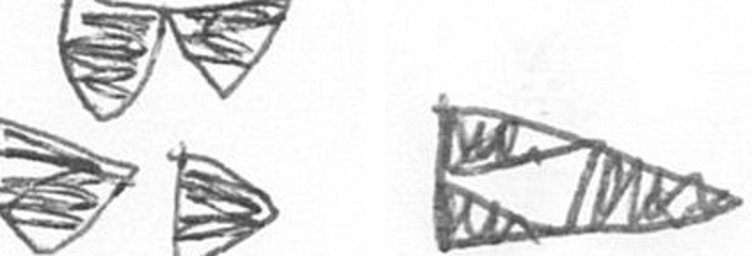
B K